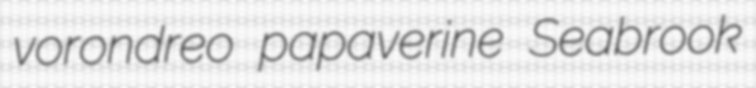
vorondreo papaverine Seabrook